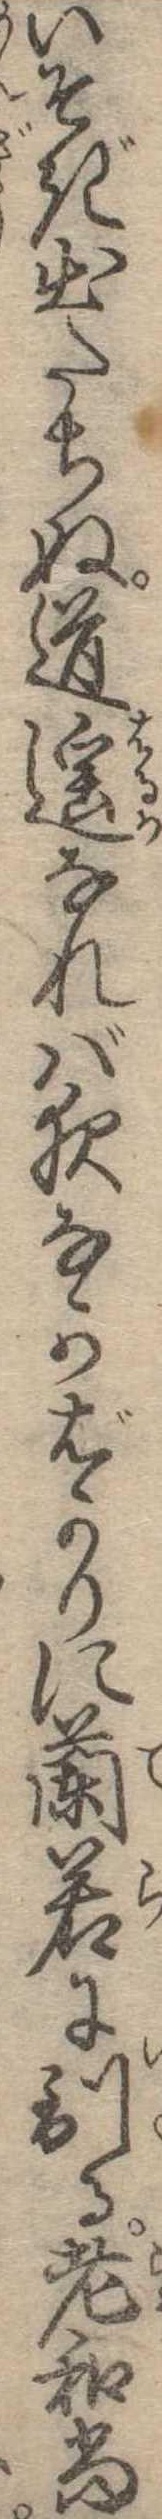
いそぎ出たちぬ道遥なれば夜なかばかりに蘭若に到る老和尚